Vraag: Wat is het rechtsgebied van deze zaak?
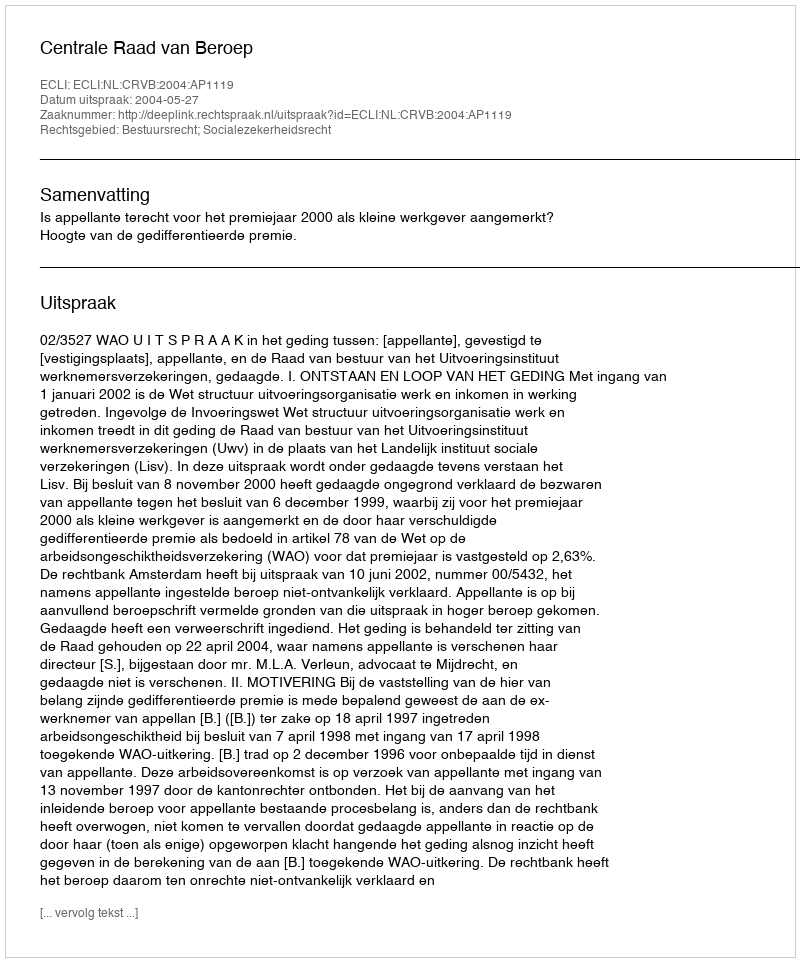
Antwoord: Bestuursrecht; Socialezekerheidsrecht